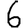
Digit: 6